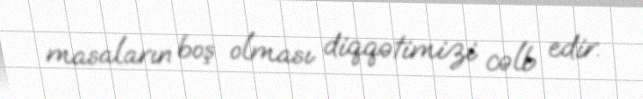
masaların boş olması diqqətimizi cəlb edir.